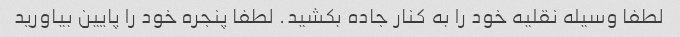
لطفا وسیله نقلیه خود را به کنار جاده بکشید. لطفا پنجره خود را پایین بیاورید